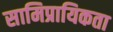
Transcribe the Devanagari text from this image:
सामिप्रायिकता